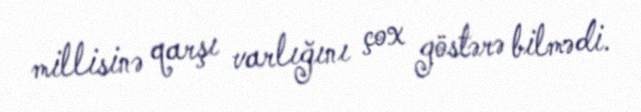
millisinə qarşı varlığını çox göstərə bilmədi.